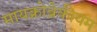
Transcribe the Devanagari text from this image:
मायक्रोब्रेकीयम